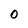
Character: O